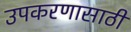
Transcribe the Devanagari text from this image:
उपकरणासाठी